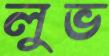
লুভ